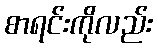
စာရင်းကိုလည်း